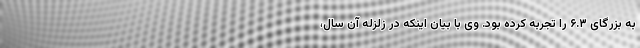
به بزرگای ۶.۳ را تجربه کرده بود. وی با بیان اینکه در زلزله آن سال،